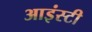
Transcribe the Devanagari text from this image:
आइंस्टी